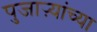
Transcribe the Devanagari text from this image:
पुजाऱ्यांच्या